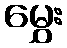
မွှေး